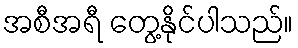
အစီအရီ တွေ့နိုင်ပါသည်။